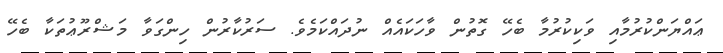
ޢައްޔަންކުރުމާއި ވަކިކުރުމާ ބެހޭ ގޮތުން ވާހަކައެއް ނުދައްކަމެވެ. ސަރުކާރުން ހިންގަވާ މަޝްރޫޢުތަކާ ބެހޭ